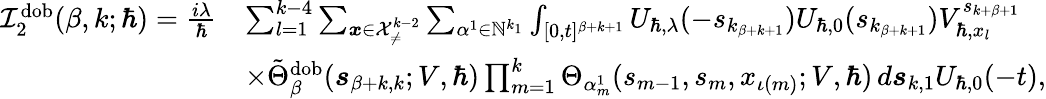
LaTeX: \begin{array}{rl}{\mathcal{I}_{2}^{\mathrm{dob}}(\beta,k;\hbar)=\frac{i\lambda}{\hbar}}&{\sum_{l=1}^{k-4}\sum_{\boldsymbol{x}\in\mathcal{X}_{\neq}^{k-2}}\sum_{\alpha^{1}\in\mathbb{N}^{k_{1}}}\int_{[0,t]^{\beta+k+1}}U_{\hbar,\lambda}(-s_{k_{\beta+k+1}})U_{\hbar,0}(s_{k_{\beta+k+1}})V_{\hbar,x_{l}}^{s_{k+\beta+1}}}\\ &{\times\tilde{\Theta}_{\beta}^{\mathrm{dob}}(\boldsymbol{s}_{\beta+k,k};V,\hbar)\prod_{m=1}^{k}\Theta_{\alpha_{m}^{1}}(s_{m-1},{s}_{m},x_{\iota(m)};V,\hbar)\, d\boldsymbol{s}_{k,1}U_{\hbar,0}(-t),}\end{array}